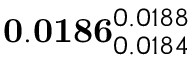
\mathbf { 0 . 0 1 8 6 } _ { 0 . 0 1 8 4 } ^ { 0 . 0 1 8 8 }